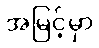
အမြင့်မှာ